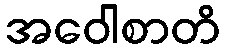
အဝေါစာတိ